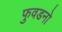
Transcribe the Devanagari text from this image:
फुवडनो